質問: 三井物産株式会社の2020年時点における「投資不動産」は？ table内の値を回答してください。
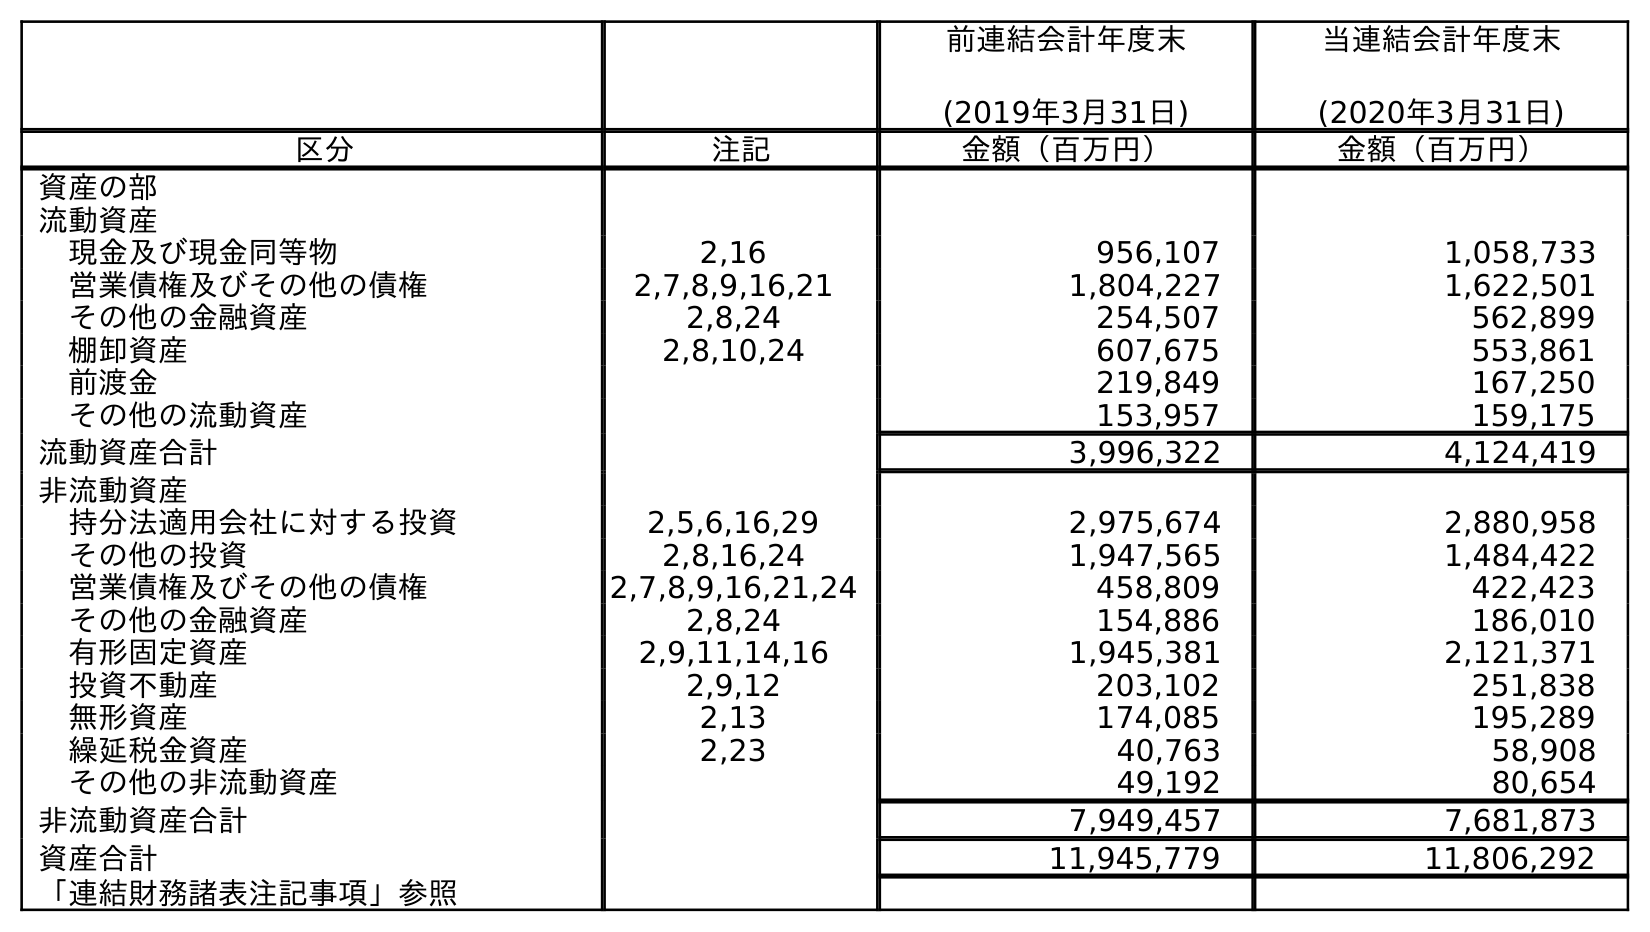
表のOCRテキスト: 前連結会計年度末 (2019年3月31日) 当連結会計年度末 (2020年3月31日) 区分 注記 金額（百万円） 金額（百万円） 資産の部 流動資産 現金及び現金同等物 2,16 956,107 1,058,733 営業債権及びその他の債権 2,7,8,9,16,21 1,804,227 1,622,501 その他の金融資産 2,8,24 254,507 562,899 棚卸資産 2,8,10,24 607,675 553,861 前渡金 219,849 167,250 その他の流動資産 153,957 159,175 流動資産合計 3,996,322 4,124,419 非流動資産 持分法適用会社に対する投資 2,5,6,16,29 2,975,674 2,880,958 その他の投資 2,8,16,24 1,947,565 1,484,422 営業債権及びその他の債権 2,7,8,9,16,21,24 458,809 422,423 その他の金融資産 2,8,24 154,886 186,010 有形固定資産 2,9,11,14,16 1,945,381 2,121,371 投資不動産 2,9,12 203,102 251,838 無形資産 2,13 174,085 195,289 繰延税金資産 2,23 40,763 58,908 その他の非流動資産 49,192 80,654 非流動資産合計 7,949,457 7,681,873 資産合計 11,945,779 11,806,292 「連結財務諸表注記事項」参照
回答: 251,838